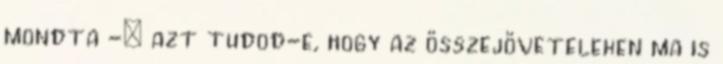
mondta -; azt tudod-e, hogy az összejöveteleken ma is